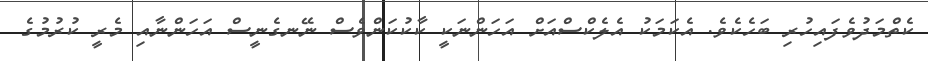
ކެތްމަދުވެފައިހުރި ބަހެކެވެ. އެކަމަކު އެލެކްސްއަށް އަހަންނަކީ ކާކުކަންވެސް ނޭނގެނީސް އަހަންނާއި މެރީ ކުރުމުގެ